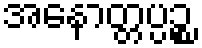
အနောတ္တပ္ပဉ္စ